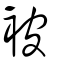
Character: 被